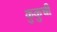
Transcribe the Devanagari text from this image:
कुकुची